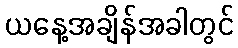
ယနေ့အချိန်အခါတွင်